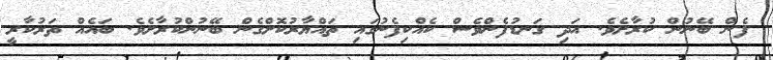
ފެން ބޭނުން ކުރާށެވެ. އަދި ގަނޑުފެންވެސް ކެއްކިފެނުގައި ތައްޔާރުކޮށްގެން ބޭނުންކުރާށެވެ. ބައެއް ތަރުކާރީ